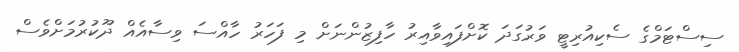
ސިސްޓަމްގެ ސެކިއުރިޓީ ވަރުގަދަ ކޮށްފައިވާއިރު ހާފިޒުންނަށް މި ފަހަރު ހާއްސަ ވިސާއެއް ދޫކުރުމަށްވެސް